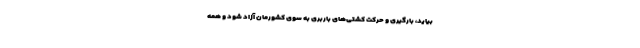
بیاید، بارگیری و حرکت کشتی‌های باربری به سوی کشورمان آزاد شود و همه